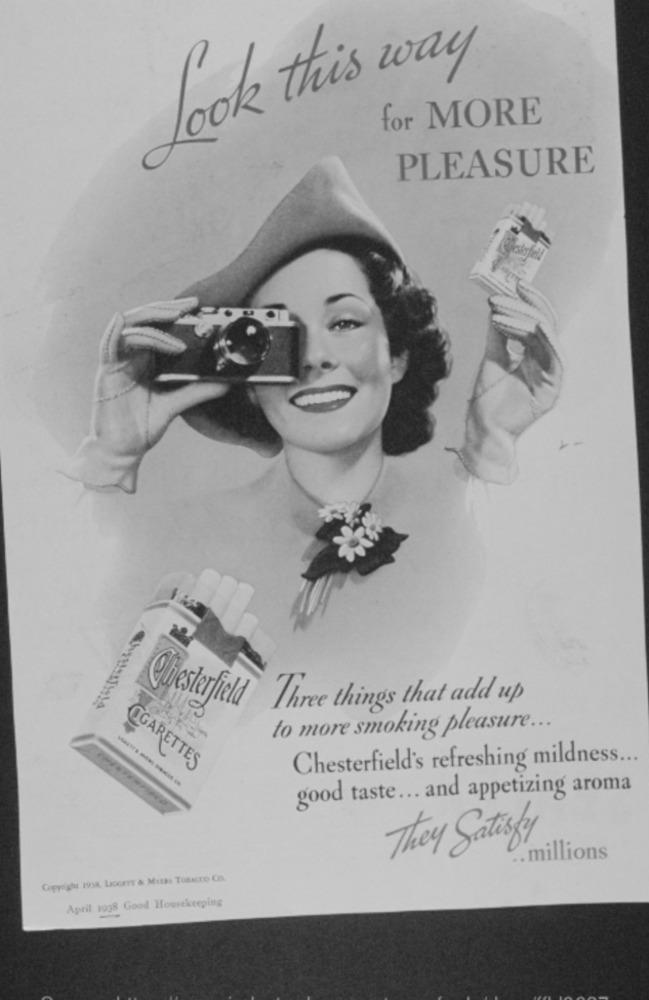
look this way
for MORE
PLEASURE
10
Three things that add up
OThesterfiel
to more smoking pleasure ...
Chesterfield's refreshing mildness ...
OGARETTES
---
good taste ... and appetizing aroma
They Satisfy
.. millions
Copyright 1998, LIGGET & MEER Tosacco Co.
April 1938 Good Housekeeping